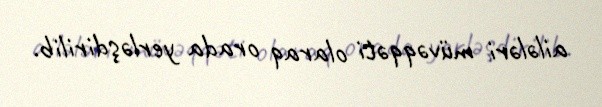
ailələri müvəqqəti olaraq orada yerləşdirilib.